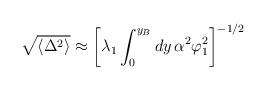
LaTeX: \begin{align*}\sqrt{\langle \Delta^2\rangle} \approx \left[\lambda_1 \int_0^{y_B} dy\, \alpha^2 \varphi_1^2\right]^{-1/2} \end{align*}